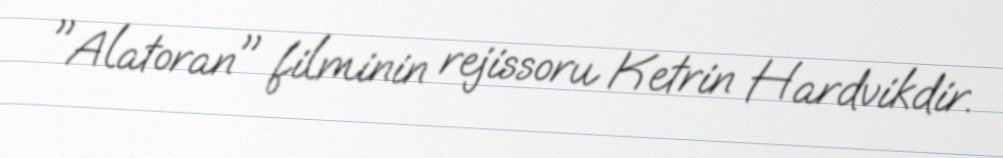
"Alatoran" filminin rejissoru Ketrin Hardvikdir.